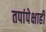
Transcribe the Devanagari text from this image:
तपांपेक्षाही